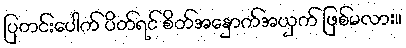
ပြတင်းပေါက် ပိတ်ရင် စိတ်အနှောက်အယှက် ဖြစ်မလား။